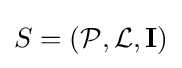
S=({\mathcal {P}},{\mathcal {L}},{\textbf {I}})